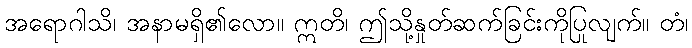
အရောဂါသိ၊ အနာမရှိ၏လော။ ဣတိ၊ ဤသို့နှုတ်ဆက်ခြင်းကိုပြုလျက်။ တံ၊